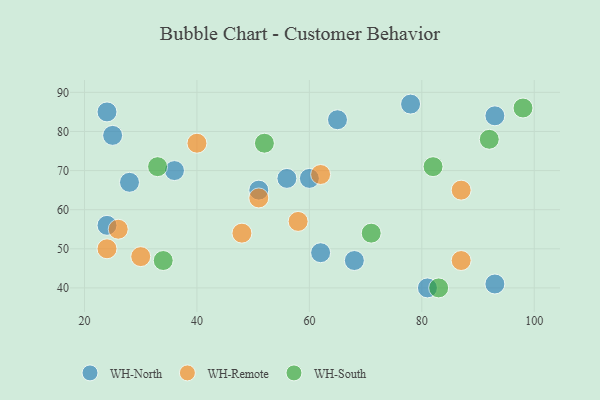
{"axis": {"x": "GDP", "y": "Life Expectancy"}, "legend": ["WH-North", "WH-Remote", "WH-South"], "data": [{"x": "68", "y": 47, "type": "WH-North"}, {"x": "25", "y": 79, "type": "WH-North"}, {"x": "24", "y": 85, "type": "WH-North"}, {"x": "56", "y": 68, "type": "WH-North"}, {"x": "62", "y": 49, "type": "WH-North"}, {"x": "81", "y": 40, "type": "WH-North"}, {"x": "93", "y": 41, "type": "WH-North"}, {"x": "65", "y": 83, "type": "WH-North"}, {"x": "51", "y": 65, "type": "WH-North"}, {"x": "93", "y": 84, "type": "WH-North"}, {"x": "28", "y": 67, "type": "WH-North"}, {"x": "36", "y": 70, "type": "WH-North"}, {"x": "24", "y": 56, "type": "WH-North"}, {"x": "60", "y": 68, "type": "WH-North"}, {"x": "78", "y": 87, "type": "WH-North"}, {"x": "24", "y": 50, "type": "WH-Remote"}, {"x": "26", "y": 55, "type": "WH-Remote"}, {"x": "48", "y": 54, "type": "WH-Remote"}, {"x": "58", "y": 57, "type": "WH-Remote"}, {"x": "30", "y": 48, "type": "WH-Remote"}, {"x": "62", "y": 69, "type": "WH-Remote"}, {"x": "40", "y": 77, "type": "WH-Remote"}, {"x": "51", "y": 63, "type": "WH-Remote"}, {"x": "87", "y": 47, "type": "WH-Remote"}, {"x": "87", "y": 65, "type": "WH-Remote"}, {"x": "34", "y": 47, "type": "WH-South"}, {"x": "71", "y": 54, "type": "WH-South"}, {"x": "83", "y": 40, "type": "WH-South"}, {"x": "98", "y": 86, "type": "WH-South"}, {"x": "82", "y": 71, "type": "WH-South"}, {"x": "52", "y": 77, "type": "WH-South"}, {"x": "33", "y": 71, "type": "WH-South"}, {"x": "92", "y": 78, "type": "WH-South"}]}